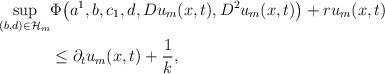
LaTeX: \begin{align*}\sup_{(b,d)\in\mathcal H_m}&\Phi\big(a^1,b,c_1,d,Du_m(x,t),D^2u_m(x,t)\big)+ru_m(x,t) \\&\leq \partial_t u_m(x,t)+\frac{1}{k},\end{align*}